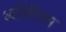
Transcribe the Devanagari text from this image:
ध्वनिनियम